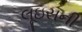
લૂઇસની